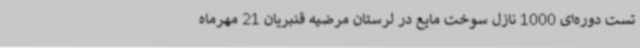
تست دوره‌ای 1000 نازل سوخت مایع در لرستان مرضیه قنبریان 21 مهرماه